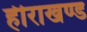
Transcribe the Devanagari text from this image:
हीराखण्ड